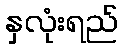
နှလုံးရည်